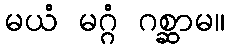
မယံ မဂ္ဂံ ဂစ္ဆာမ။